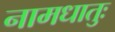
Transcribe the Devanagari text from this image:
नामधातुः